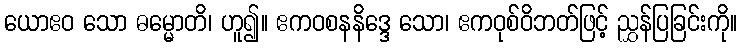
ယောဧဝ သော ဓမ္မောတိ၊ ဟူ၍။ ဧကဝစနနိဒ္ဒေ သော၊ ဧကဝုစ်ဝိဘတ်ဖြင့် ညွှန်ပြခြင်းကို။